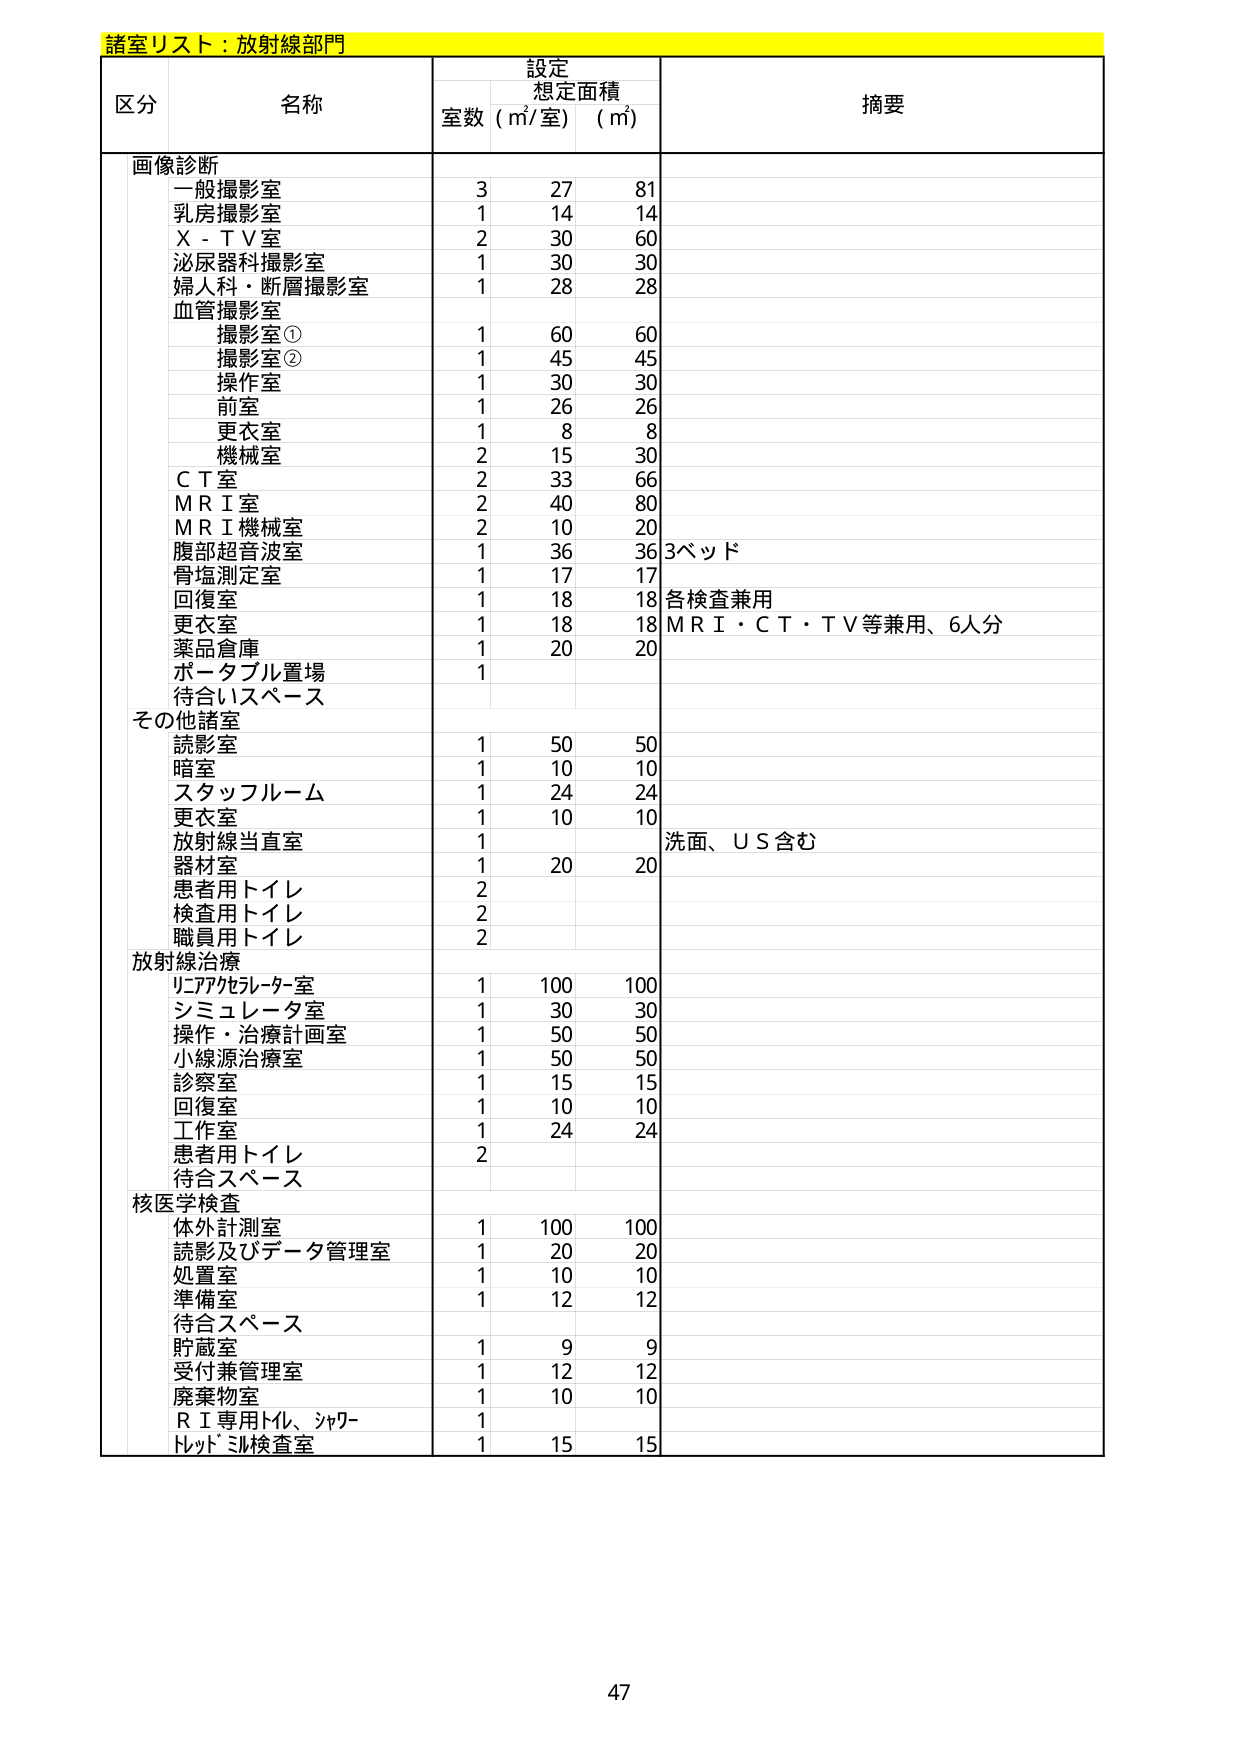
諸室リスト：放射線部門

区分 名称 設定 想定面積 摘要
室数（㎡/室）（㎡）

画像診断
一般撮影室 3 27 81
乳房撮影室 1 14 14
Ｘ－ＴＶ室 2 30 60
泌尿器科撮影室 1 30 30
婦人科・断層撮影室 1 28 28
血管撮影室
撮影室① 1 60 60
撮影室② 1 45 45
操作室 1 30 30
前室 1 26 26
更衣室 1 8 8
機械室 2 15 30
ＣＴ室 2 33 66
ＭＲＩ室 2 40 80
ＭＲＩ機械室 2 10 20
腹部超音波室 1 36 36 3ベッド
骨塩測定室 1 17 17
回復室 1 18 18 各検査兼用
更衣室 1 18 18 ＭＲＩ・ＣＴ・ＴＶ等兼用、6人分
薬品倉庫 1 20 20
ポータブル置場 1
待合いスペース

その他諸室
読影室 1 50 50
暗室 1 10 10
スタッフルーム 1 24 24
更衣室 1 10 10
放射線当直室 1 洗面、ＵＳ含む
器材室 1 20 20
患者用トイレ 2
検査用トイレ 2
職員用トイレ 2

放射線治療
リニアックルーター室 1 100 100
シミュレータ室 1 30 30
操作・治療計画室 1 50 50
小線源治療室 1 50 50
診察室 1 15 15
回復室 1 10 10
工作室 1 24 24
患者用トイレ 2
待合スペース

核医学検査
体外計測室 1 100 100
読影及びデータ管理室 1 20 20
処置室 1 10 10
準備室 1 12 12
待合スペース
貯蔵室 1 9 9
受付兼管理室 1 12 12
廃棄物室 1 10 10
ＲＩ専用トイレ、シャワー
トレッドミル検査室 1 15 15

47